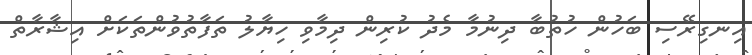
އިނގިރޭސި ބަހުން ހުތުބާ ދިނުމާ މެދު ކުރިން ދިމާވި ހިޔާލު ތަފާތުވުންތަކަށް އިޝާރާތް